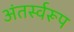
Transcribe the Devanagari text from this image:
अंतर्स्वरूप